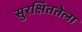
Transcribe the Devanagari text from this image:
सुरक्षिततेला